Annual report of the Punjab Veterinary College and of the Civil Veterinary Department, Punjab - 1920-1925
Year: 1920
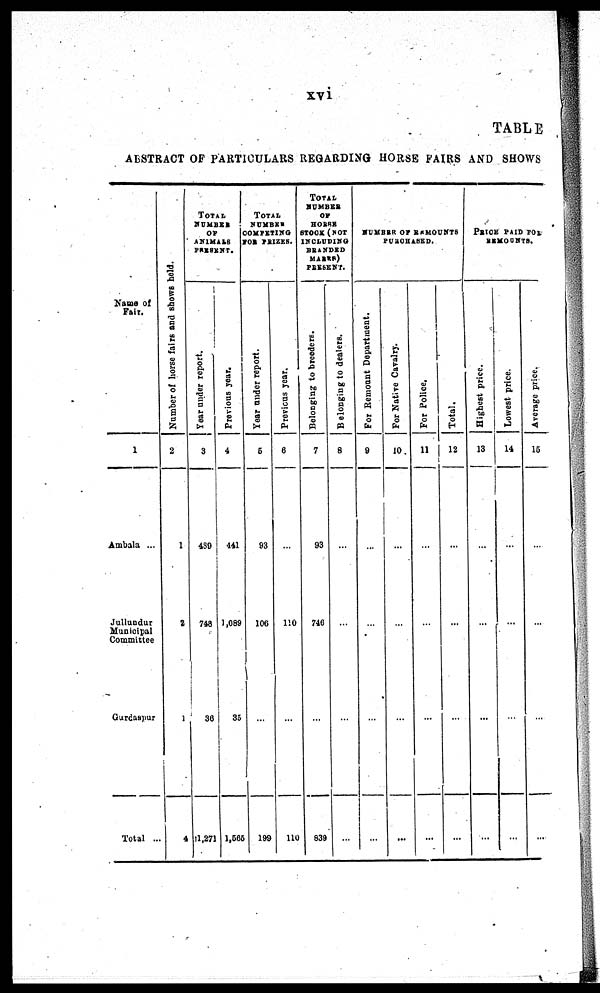
xvi
TABLE
ABSTRACT OF PARTICULARS REGARDING HORSE FAIRS AND SHOWS
Name of
Fai r.
1
Ambal a ...
Jullundur
Muni ci pal
Commi t t ee
Gurdaspur
Tot al ...
Number of hor s
e f ai rs and shows held.
2
1
2
1
4
TOTAL
NUMBER
OF
ANIMALS
PRESENT.
Ye a r under report.
3
489
748
36
11, 271
Pr e v io
us year.
4
441
1,089
35
1, 565
TOTAL
NUMBER
COMPETING
FOR PRIZES.
Ye a r under report.
5
93
106
...
199
Pr e v io
us ye ar .
6
...
110
...
110
TOTAL
NUMBER
OF
HORSE
STOCK (NOT
I NCLUDI NG
BRANDED
MABRES)
PRESENT.
Belonging to breeders.
7
93
746
...
839
Belonging t o dealers.
8
...
...
...
...
NUMBER OF REMOUNTS
PURCHASED.
For R e m o u n t De pa r
tme nt.
9
...
...
...
...
For Nat ive Cavalry.
10
...
...
...
...
For Pol i
ce.
11
...
...
...
...
Tot al .
12
...
...
...
...
PRICE PAID FOR
REMOUNTS.
Hig he s
t price.
13
...
...
...
...
Lo we s
t price.
14
...
...
...
...
Av e
r
a g e price.
15
...
...
...
...